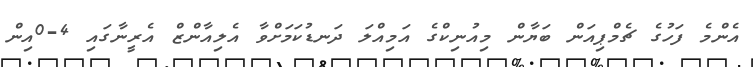
އެންމެ ފަހުގެ ޗެމްޕިއަން ބަޔާން މިއުނިކްގެ އަމިއްލަ ދަނޑުކަމަށްވާ އެލިއާންޒް އެރީނާގައި 4-0އިން